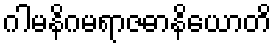
ဂါမနိဂမရာဇဓာနိယောတိ